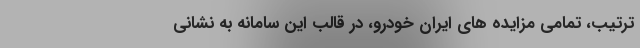
ترتیب، تمامی مزایده های ایران خودرو، در قالب این سامانه به نشانی